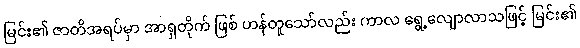
မြင်း၏ ဇာတိအရပ်မှာ အာရှတိုက် ဖြစ် ဟန်တူသော်လည်း ကာလ ရွေ့လျောလာသဖြင့် မြင်း၏